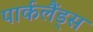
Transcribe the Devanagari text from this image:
पार्कलैंड्स